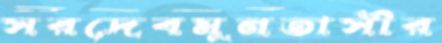
সরদেবমুনতাসীর